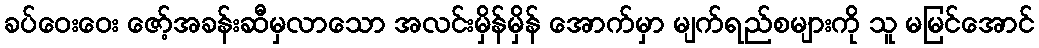
ခပ်ဝေးဝေး ဇော့်အခန်းဆီမှလာသော အလင်းမှိန်မှိန် အောက်မှာ မျက်ရည်စများကို သူ မမြင်အောင်